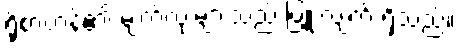
ရိုစာဟန်၏ မျက်လုံးများသည် ပြူးလျက် ရှိသည်။